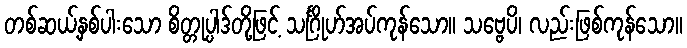
တစ်ဆယ့်နှစ်ပါးသော စိတ္တုပ္ပါဒ်တို့ဖြင့် သင်္ဂြိုဟ်အပ်ကုန်သော။ သဗ္ဗေပိ၊ လည်းဖြစ်ကုန်သော။